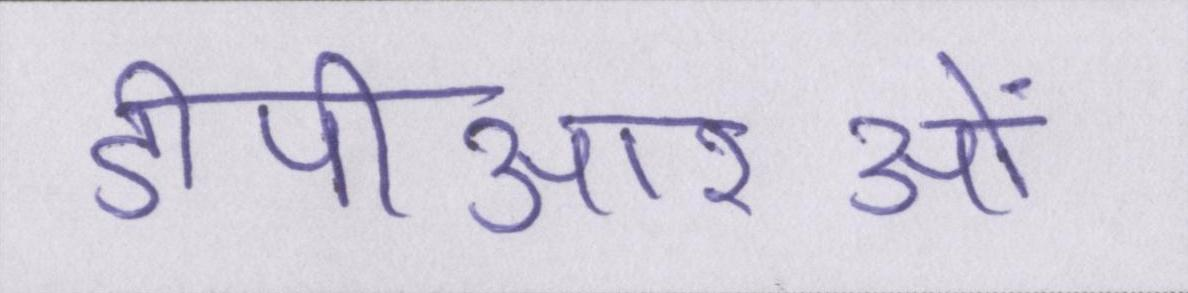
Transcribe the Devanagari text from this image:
डीपीआरओं